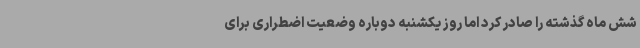
شش ماه گذشته را صادر کرد اما روز یکشنبه دوباره وضعیت اضطراری برای